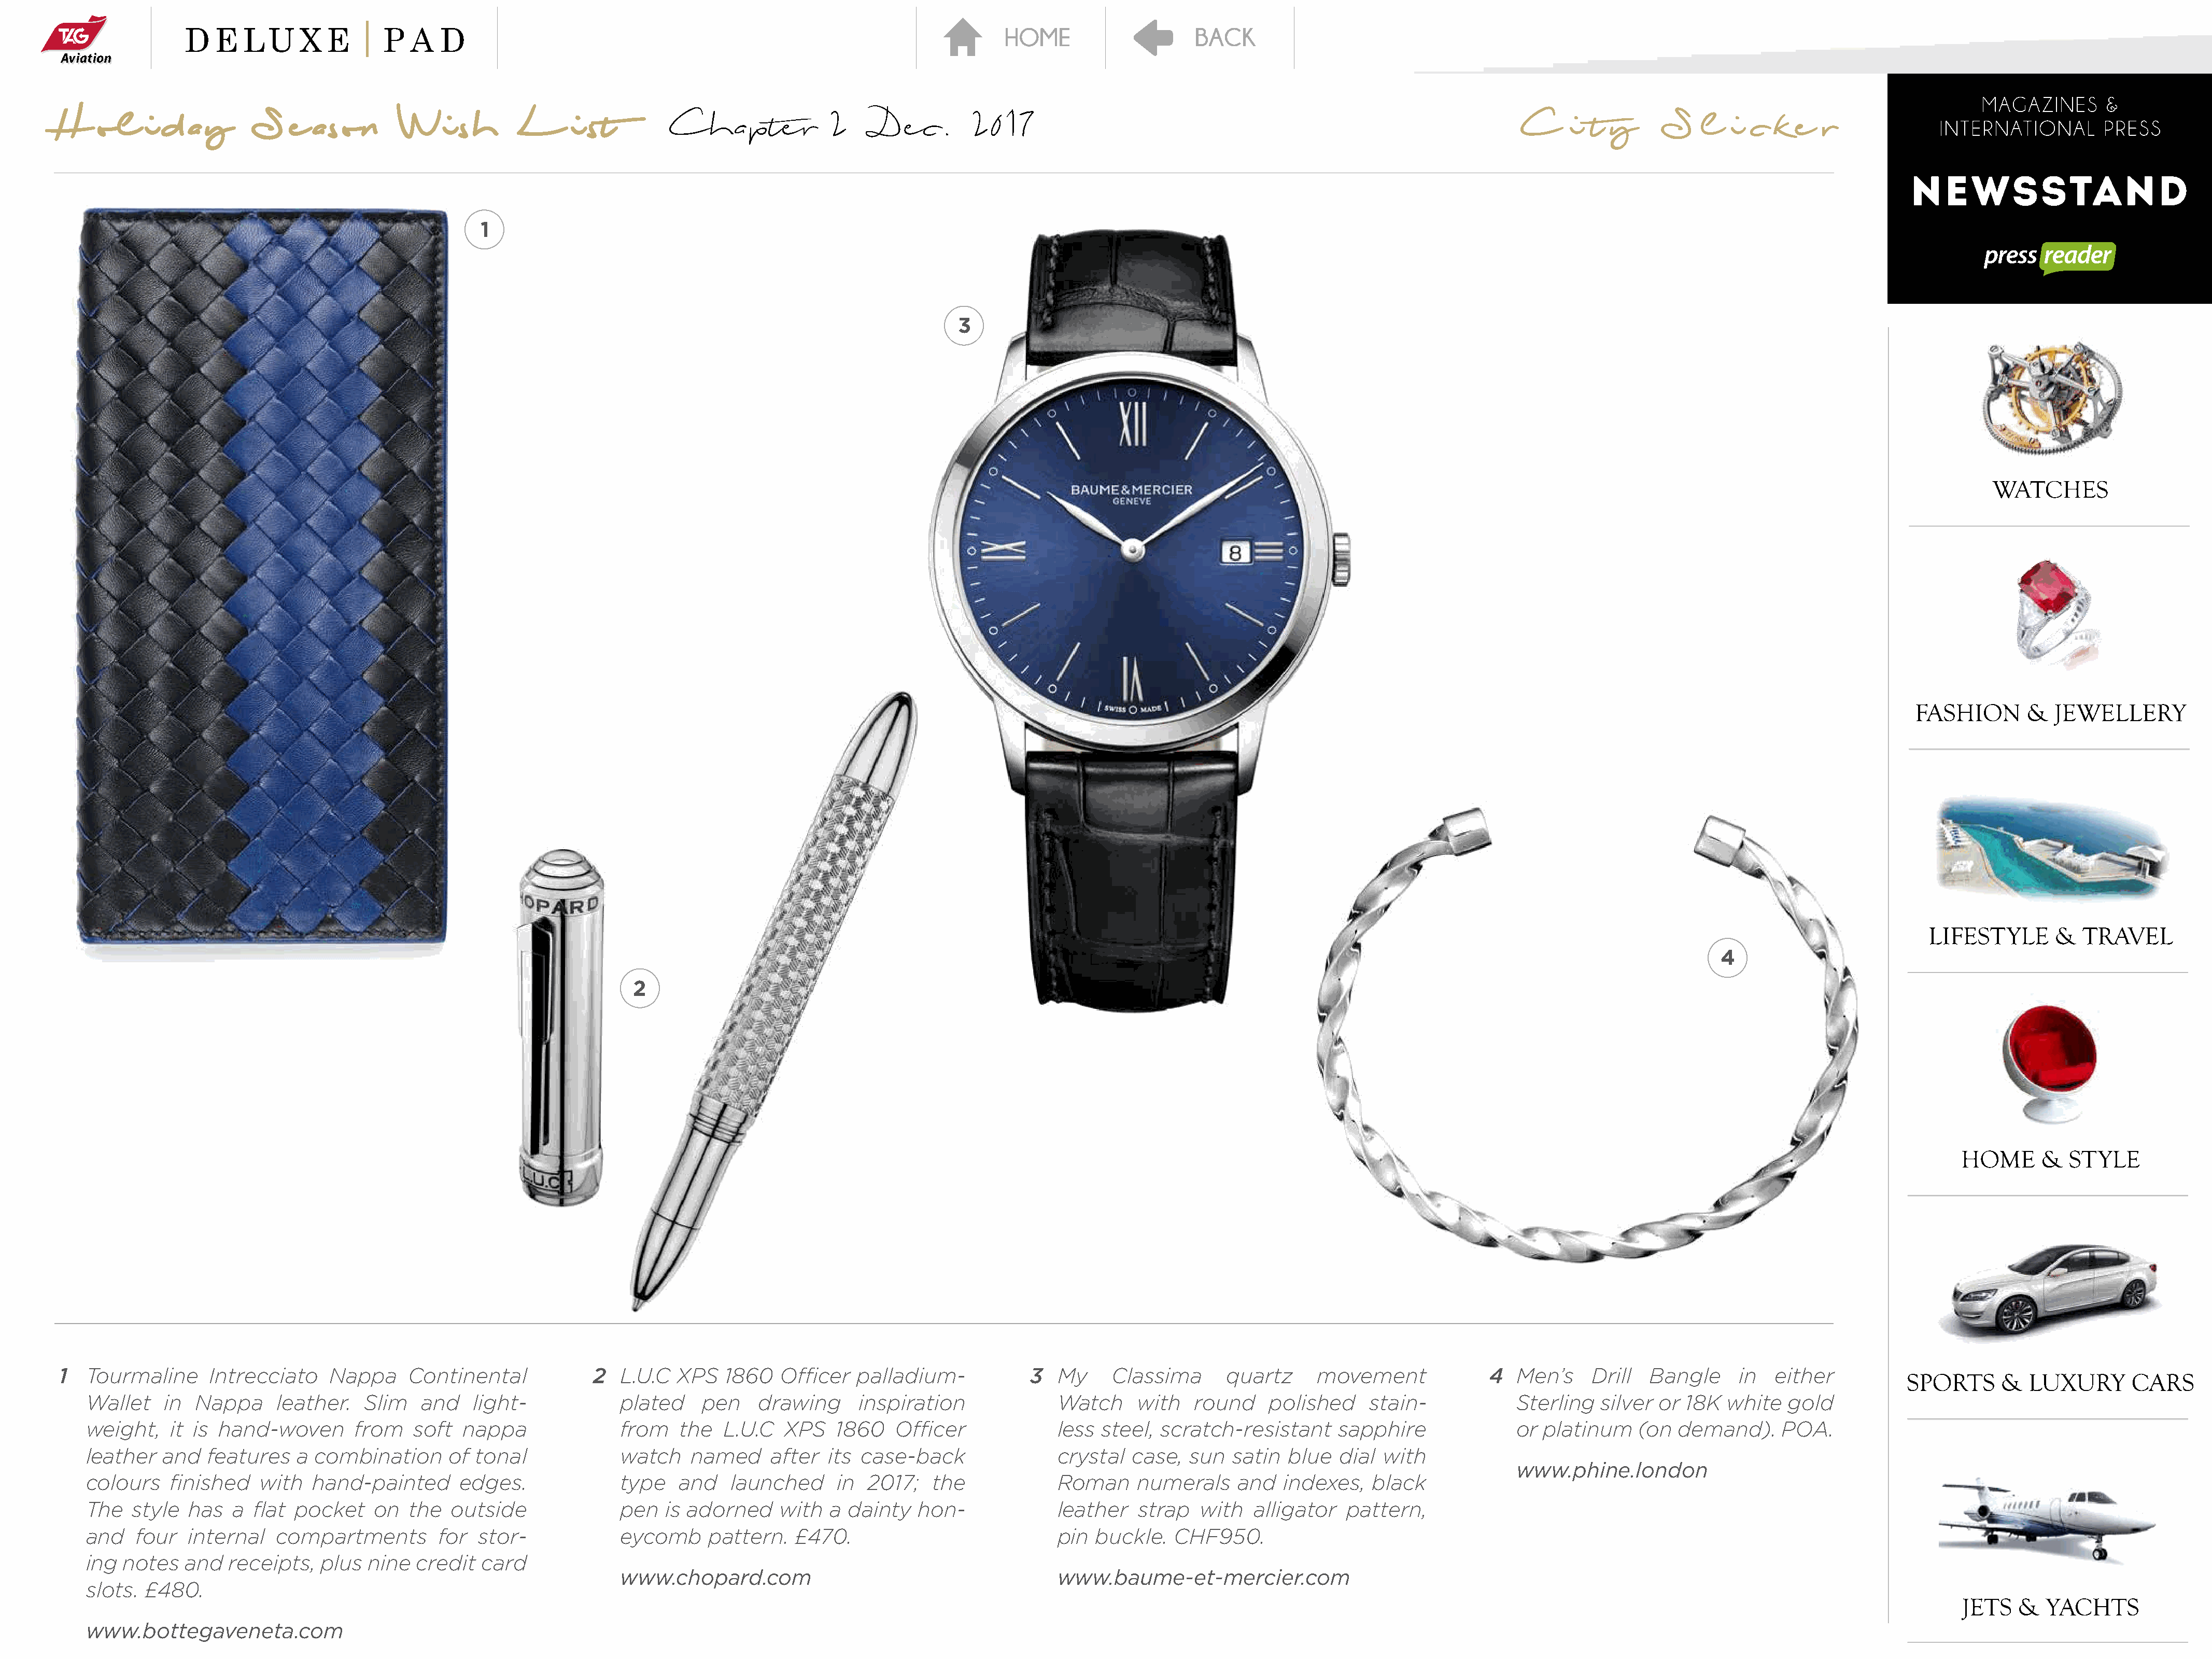
H    ol    i  d  a y     S    e  ason       Wi      sh     L      i st        Chapter              2     Dec.        2017                                                                  C     i  t y      S    l   i c  k  e  r
 1
 3
 4
 2
 1  Tourmaline      Intrecciato    Nappa     Continental             2  L.U.C  XPS    1860   Officer  palladium-             3  My     Classima       quartz     movement              4   Men’s    Drill   Bangle     in   either
 Wallet    in  Nappa     leather.    Slim   and   light-             plated     pen    drawing      inspiration              Watch     with    round    polished     stain-             Sterling  silver  or 18K  white   gold
 weight,    it is hand-woven       from    soft  nappa               from    the  L.U.C   XPS    1860   Officer              less  steel, scratch-resistant      sapphire               or platinum    (on  demand).      POA.
 leather   and  features    a combination      of  tonal             watch    named     after   its case-back                crystal   case,  sun  satin   blue  dial  with
 www.phine.london
 colours    finished   with   hand-painted       edges.              type    and   launched      in  2017;   the             Roman     numerals     and   indexes,   black
 The   style  has   a flat  pocket    on  the   outside              pen   is adorned     with  a dainty   hon-              leather   strap   with   alligator   pattern,
 and   four   internal   compartments         for  stor-             eycomb      pattern.   £470.                            pin  buckle.   CHF950.
 ing  notes   and  receipts,   plus  nine  credit  card
 www.chopard.com                                         www.baume-et-mercier.com
 slots. £480.
 www.bottegaveneta.com